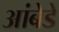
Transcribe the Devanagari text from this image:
आंबेडे